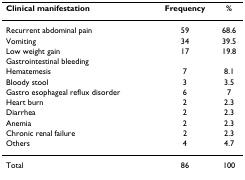
<table><thead><tr><td><b>Clinical manifestation </b></td><td><b>Frequency</b></td><td><b>%</b></td></tr></thead><tbody><tr><td>Recurrent abdominal pain</td><td>59</td><td>68.6</td></tr><tr><td>Vomiting</td><td>34</td><td>39.5</td></tr><tr><td>Low weight gain</td><td>17</td><td>19.8</td></tr><tr><td>Gastrointestinal bleeding</td><td></td><td></td></tr><tr><td>Hematemesis</td><td>7</td><td>8.1</td></tr><tr><td>Bloody stool</td><td>3</td><td>3.5</td></tr><tr><td>Gastro esophageal reflux disorder</td><td>6</td><td>7</td></tr><tr><td>Heart burn</td><td>2</td><td>2.3</td></tr><tr><td>Diarrhea</td><td>2</td><td>2.3</td></tr><tr><td>Anemia</td><td>2</td><td>2.3</td></tr><tr><td>Chronic renal failure</td><td>2</td><td>2.3</td></tr><tr><td>Others</td><td>4</td><td>4.7</td></tr><tr><td>Total</td><td>86</td><td>100</td></tr></tbody></table>